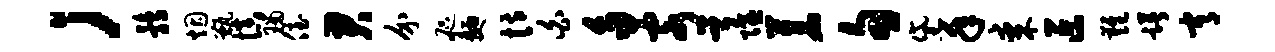
；鹑烟甑慎瑙侄君介咫面恃白多客首隰苍旬黛年某叵难躇常